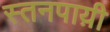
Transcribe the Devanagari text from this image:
स्तनपाय़ी